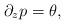
LaTeX: \begin{align*} \partial_zp=\theta,\end{align*}